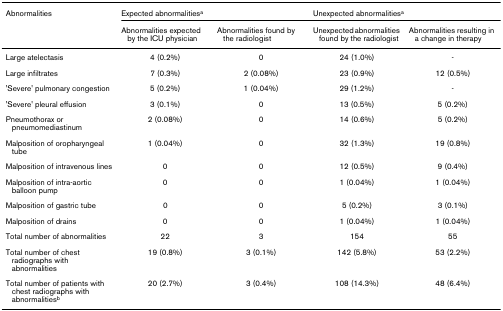
<table><thead><tr><td><b>Abnormalities</b></td><td colspan="2"><b>Expected abnormalities<sup>a</sup></b></td><td colspan="2"><b>Unexpected abnormalities<sup>a</sup></b></td></tr><tr><td>[EMPTY_CELL]</td><td><b>Abnormalities expected by the ICU physician</b></td><td><b>Abnormalities found by the radiologist</b></td><td><b>Unexpected abnormalities found by the radiologist</b></td><td><b>Abnormalities resulting in a change in therapy</b></td></tr></thead><tbody><tr><td>Large atelectasis</td><td>4 (0.2%)</td><td>0</td><td>24 (1.0%)</td><td>-</td></tr><tr><td>Large infiltrates</td><td>7 (0.3%)</td><td>2 (0.08%)</td><td>23 (0.9%)</td><td>12 (0.5%)</td></tr><tr><td>'Severe' pulmonary congestion</td><td>5 (0.2%)</td><td>1 (0.04%)</td><td>29 (1.2%)</td><td>-</td></tr><tr><td>'Severe' pleural effusion</td><td>3 (0.1%)</td><td>0</td><td>13 (0.5%)</td><td>5 (0.2%)</td></tr><tr><td>Pneumothorax or pneumomediastinum</td><td>2 (0.08%)</td><td>0</td><td>14 (0.6%)</td><td>5 (0.2%)</td></tr><tr><td>Malposition of oropharyngeal tube</td><td>1 (0.04%)</td><td>0</td><td>32 (1.3%)</td><td>19 (0.8%)</td></tr><tr><td>Malposition of intravenous lines</td><td>0</td><td>0</td><td>12 (0.5%)</td><td>9 (0.4%)</td></tr><tr><td>Malposition of intra-aortic balloon pump</td><td>0</td><td>0</td><td>1 (0.04%)</td><td>1 (0.04%)</td></tr><tr><td>Malposition of gastric tube</td><td>0</td><td>0</td><td>5 (0.2%)</td><td>3 (0.1%)</td></tr><tr><td>Malposition of drains</td><td>0</td><td>0</td><td>1 (0.04%)</td><td>1 (0.04%)</td></tr><tr><td>Total number of abnormalities</td><td>22</td><td>3</td><td>154</td><td>55</td></tr><tr><td>Total number of chest radiographs with abnormalities</td><td>19 (0.8%)</td><td>3 (0.1%)</td><td>142 (5.8%)</td><td>53 (2.2%)</td></tr><tr><td>Total number of patients with chest radiographs with abnormalities<sup>b</sup></td><td>20 (2.7%)</td><td>3 (0.4%)</td><td>108 (14.3%)</td><td>48 (6.4%)</td></tr></tbody></table>